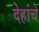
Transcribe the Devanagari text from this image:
देहांचे